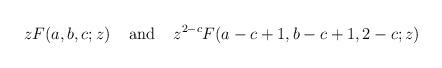
LaTeX: \begin{align*}zF(a,b,c;z)\;\;\;\;\mbox{and}\;\;\;\;z^{2-c}F(a-c+1,b-c+1,2-c;z)\end{align*}